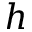
h